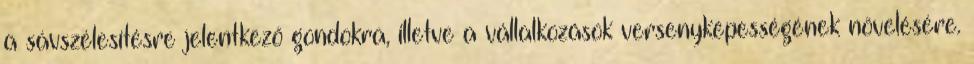
a sávszélesítésre jelentkező gondokra, illetve a vállalkozások versenyképességének növelésére.